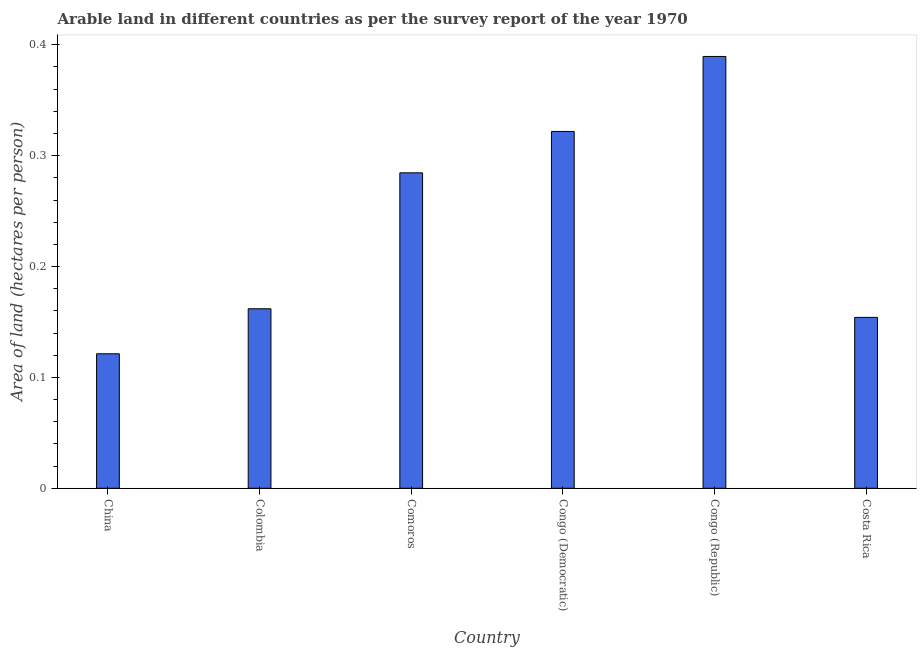
| Country | Arable land |
 | --- | --- |
 | China | 0.121 |
 | Colombia | 0.162 |
 | Comoros | 0.285 |
 | Congo (Democratic) | 0.322 |
 | Congo (Republic) | 0.389 |
 | Costa Rica | 0.154 |